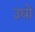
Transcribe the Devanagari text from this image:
उधो